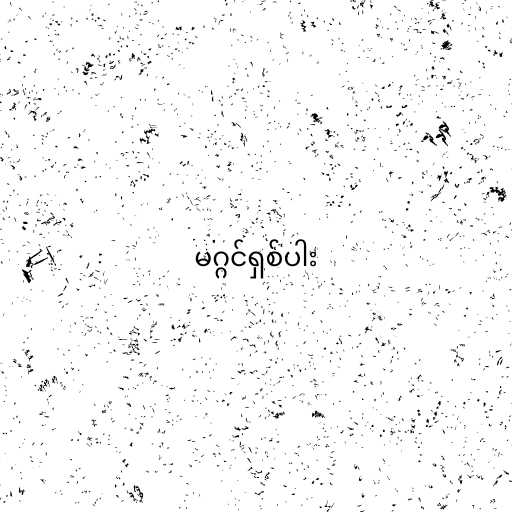
မဂ္ဂင်ရှစ်ပါး